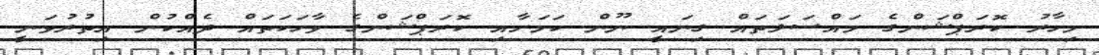
މިހާރު ކޮރަޕްޝަންގެ މައްސަލަތައް ގިނައީ ނޫން ކަމަށާއި ކޮރަޕްޝަންގެ ވާހަކަތައް ދެއްކުން އިތުރުވަނީ